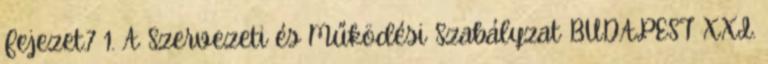
Fejezet.7 1. A Szervezeti és Működési Szabályzat BUDAPEST XXI.